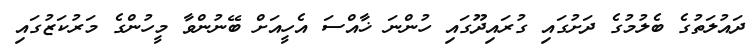
ދައުލަތުގެ ބެލުމުގެ ދަށުގައި ގުރައިދޫގައި ހުންނަ ޚާއްސަ އެހީއަށް ބޭނުންވާ މީހުންގެ މަަަރުކަޒުގައި